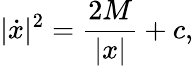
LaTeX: |{\dot{x}}|^{2}={\frac{2M}{|x|}}+c,